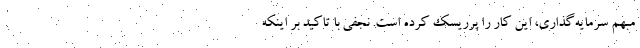
مبهم سرمایه‌گذاری، این کار را پرریسک کرده است. نجفی با تاکید بر اینکه